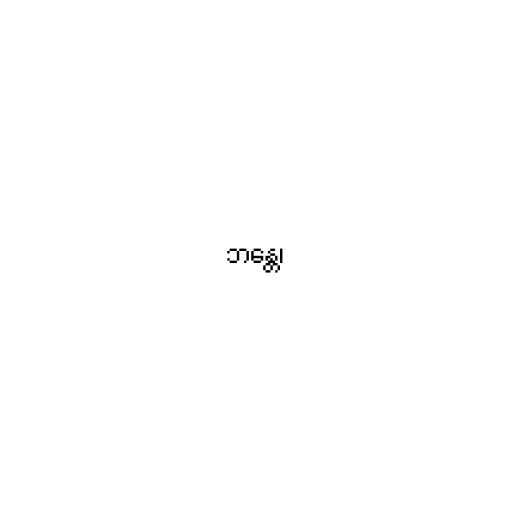
ဘန္တေ၊